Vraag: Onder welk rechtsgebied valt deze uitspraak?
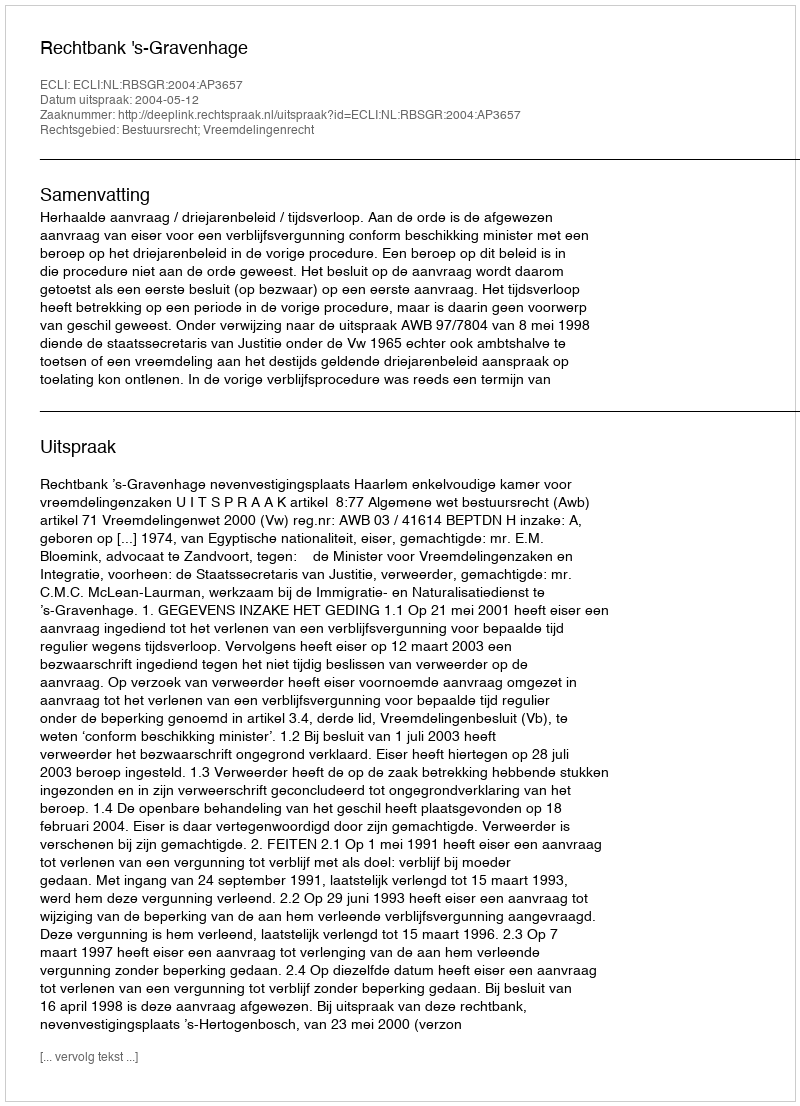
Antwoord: Bestuursrecht; Vreemdelingenrecht